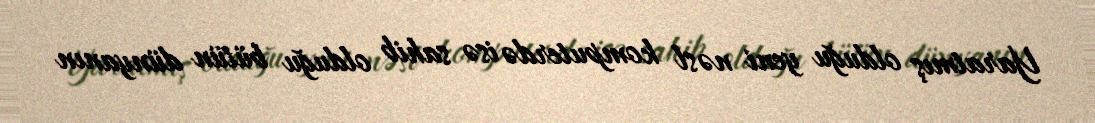
Yaratmış olduğu yeni nəsl komputerdə isə sahib olduğu bütün dünyanın